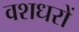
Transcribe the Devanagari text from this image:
वशधरों